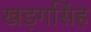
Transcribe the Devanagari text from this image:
खड़गसिंह